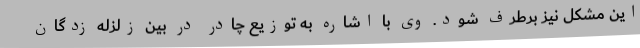
این مشکل نیز برطرف شود. وی با اشاره به توزیع چادر در بین زلزله زدگان